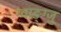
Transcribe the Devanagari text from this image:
ग्वाङ्ग्जु